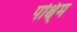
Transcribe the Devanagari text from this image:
पश्चि्म